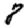
Digit: 8